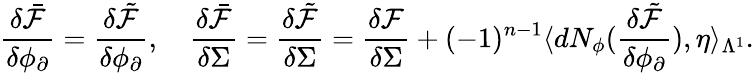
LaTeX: \frac{\delta\bar{\mathcal{F}}}{\delta\phi_{\partial}}=\frac{\delta\tilde{\mathcal{F}}}{\delta\phi_{\partial}},\quad\frac{\delta\bar{\mathcal{F}}}{\delta\Sigma}=\frac{\delta\tilde{\mathcal{F}}}{\delta\Sigma}=\frac{\delta\mathcal{F}}{\delta\Sigma}+(-1)^{n-1}\langle dN_{\phi}(\frac{\delta\tilde{\mathcal{F}}}{\delta\phi_{\partial}}),\eta\rangle_{\Lambda^{1}}.